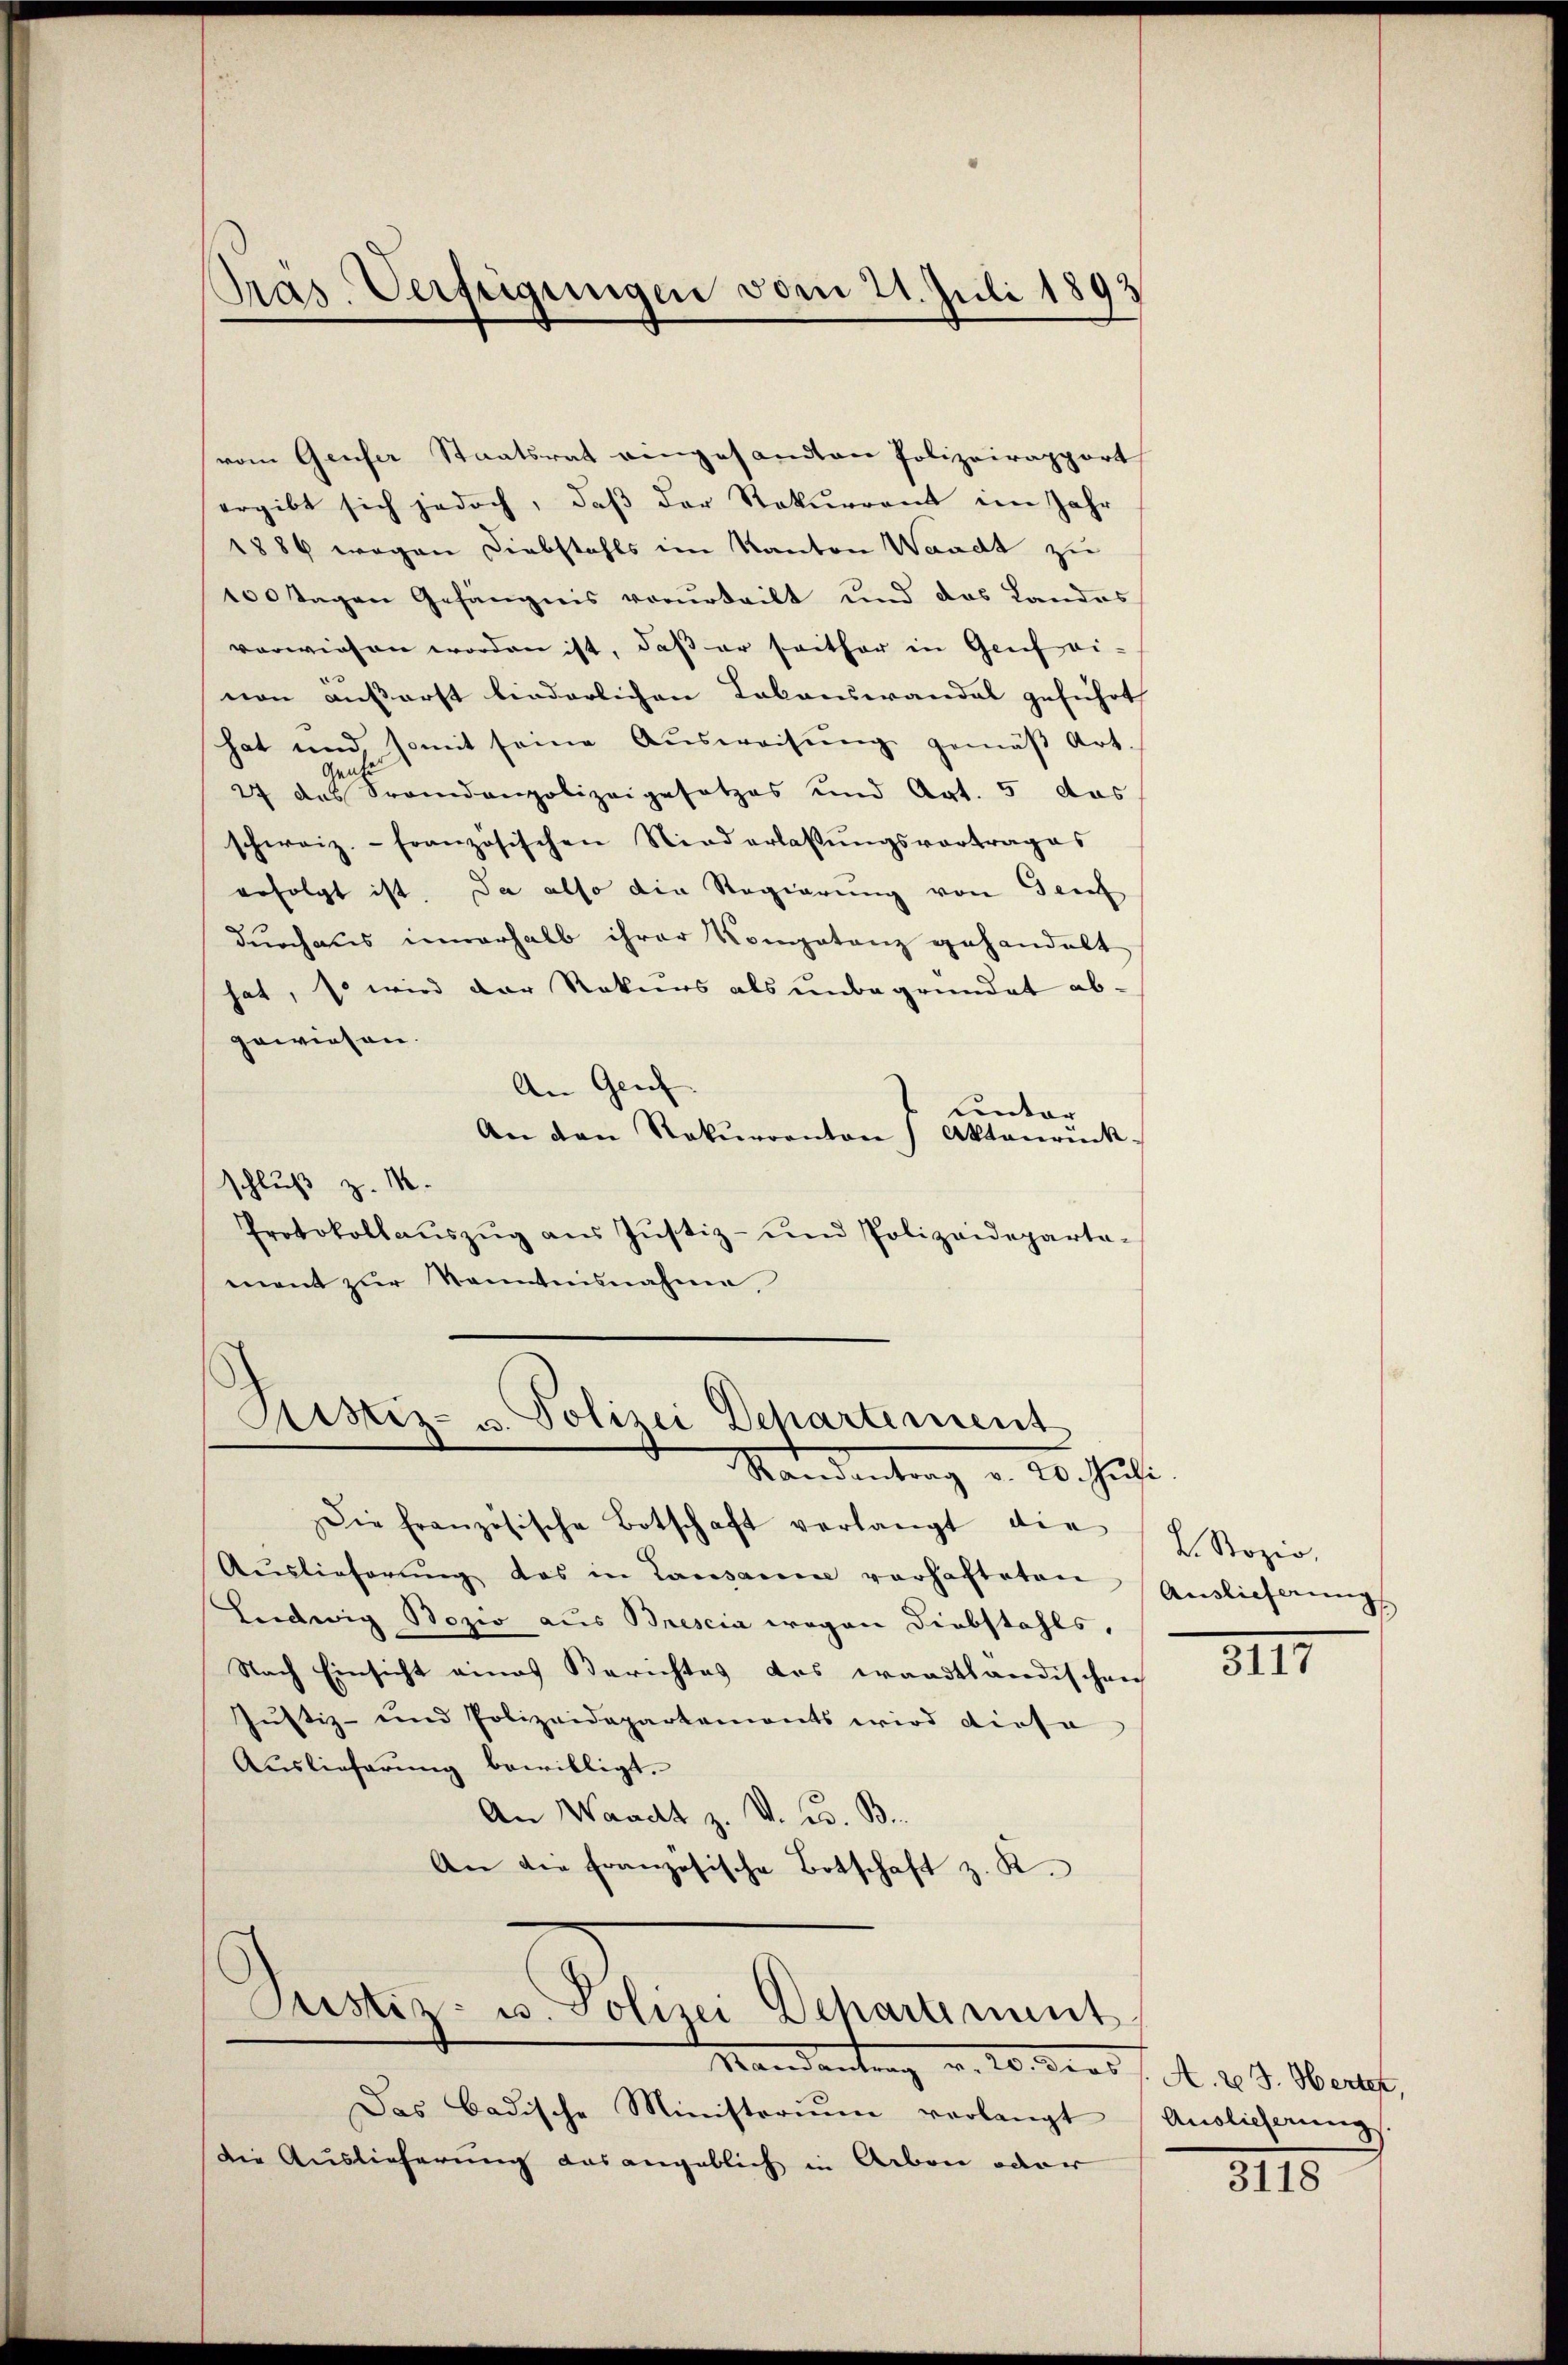
vom Genfer Staatsrat eingesandten Polizeirapport
ergibt sich jedoch, daß der Rekurrent im Jahr
1889 wegen Diebstahls im Kanton Waadt zu
100 Tagen Gefängnis verurteilt und das Landas
verwiesen worden ist, daß er seither in Genfrei-
non außerst liederlichen Lakanswandel geführt
hat und somit seine Ausweisŭng gemäβ Art.
Genhe
27 des Fremdenpolizeigesetzes und Art. 5 das
schweiz.- französischen Niederlassŭngsvortrages
erfolgt ist. Da also die Regierung von Genf
durchaus unerhalb ihrer Kompetanz gehandelt
hat, so wird der Rekurs als unbegründet abgewiesen.
An Genf
unter
An den Rekurrenton Aktenrück-
schluß z. M.
Protokollauszug aus Justiz- und Polizeideparta-
ment zur Kenntnisnahme,

Pras. Verfügungen vom 21. Juli 1893

Astiz- u. Polizei Departement
Standentrag v. 26. Just

Die französische Botschaft verlangt die
Auslieferŭng das in Lausann verhafteten
Ludwig Bozio aus Brescia wegen Diebstahls,
Nach Einsicht eines Berichtes das waadtländischen
Justiz- und Polizeidepartements wird diese
Auslieferung bewilligt.
An Waadt z. V. C. B
An die französische Botschaft z. R.

Justiz- u. Polizei Departiment
Mandentrag v. 20. vers

Das badische Ministerium verlangt
Die Auslieferung das angeblich in Arbon oder

L Sozio,
Auslicherung

III

A. 23. Herter,
Anglicherung

3118